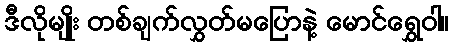
ဒီလိုမျိုး တစ်ချက်လွှတ်မပြောနဲ့ မောင်ရွှေဝါ။